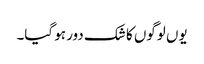
یوں لوگوں کا شک دور ہو گیا۔